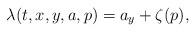
LaTeX: \begin{align*}\lambda(t,x,y,a,p) = a_y + \zeta(p),\end{align*}